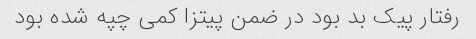
رفتار پیک بد بود در ضمن پیتزا کمی چپه شده بود